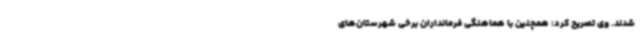
شدند. وی تصریح کرد: همچنین با هماهنگی فرمانداران برخی شهرستان‌های